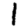
Digit: 1